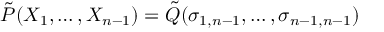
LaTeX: { \tilde { P } } ( X _ { 1 } , \ldots , X _ { n - 1 } ) = { \tilde { Q } } ( \sigma _ { 1 , n - 1 } , \ldots , \sigma _ { n - 1 , n - 1 } )